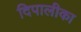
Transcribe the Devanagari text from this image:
दिपालीका